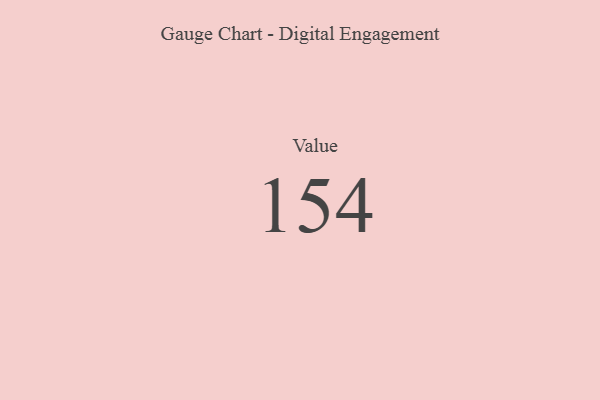
{"axis": {"x": "Metric", "y": "Value"}, "legend": [""], "data": [{"x": "Value", "y": 154, "type": ""}]}